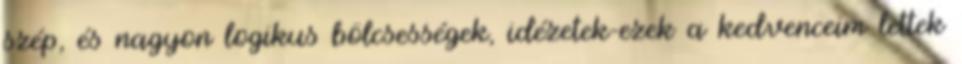
szép, és nagyon logikus bölcsességek, idézetek-ezek a kedvenceim lettek